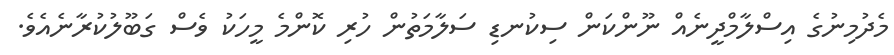
މެދުމިނުގެ އިސްލާމްދީނެއް ނޫންކަން ސިކުނޑި ސަލާމަތުން ހުރި ކޮންމެ މީހަކު ވެސް ގަބޫލުކުރާނެއެވެ.